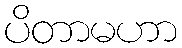
ပိတာမဟာ